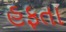
હફતા